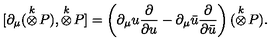
[ \partial _ { \mu } ( \stackrel { k } { \otimes } \! P ) , \stackrel { k } { \otimes } \! P ] = \left( \partial _ { \mu } u \frac { \partial } { \partial u } - \partial _ { \mu } \bar { u } \frac { \partial } { \partial \bar { u } } \right) ( \stackrel { k } { \otimes } \! P ) .